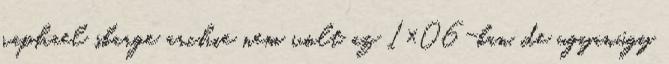
raphael sbarge archie nem volt az 1×06-ban, de ugyanúgy